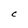
Character: C